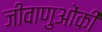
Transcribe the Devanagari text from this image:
जीवाणुओंकी